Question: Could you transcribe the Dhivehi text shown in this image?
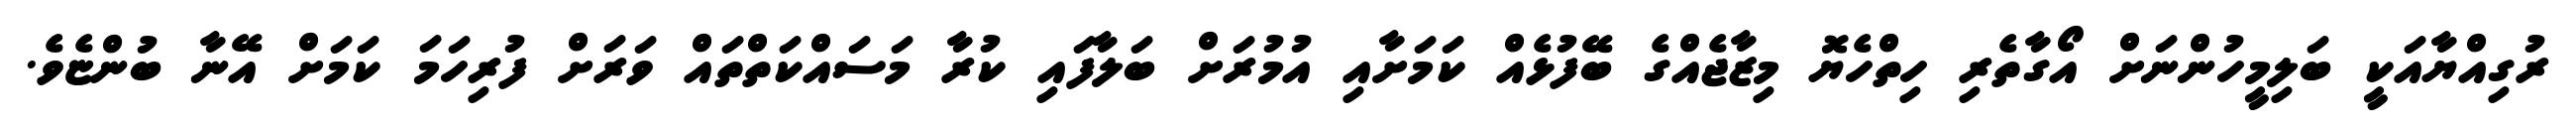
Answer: ރުގިއްޔާއަކީ ބަލިމީހުންނަށް އޯގާތެރި ހިތްހެޔޮ މިޒާޖެއްގެ ބޭފުޅެއް ކަމަށާއި އުމުރަށް ބަލާފައި ކުރާ މަސައްކަތްތައް ވަރަށް ފުރިހަމަ ކަމަށް އޭނާ ބުންޏެވެ.